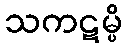
သကဋမ္ပိ